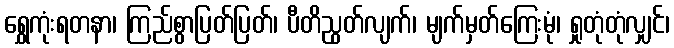
ရွှေကုံးရတနာ၊ ကြည်စွာပြတ်ပြတ်၊ ပီတိညွတ်လျက်၊ မျက်မှတ်ကြေးမုံ၊ ရှုတုံတုံလျှင်၊